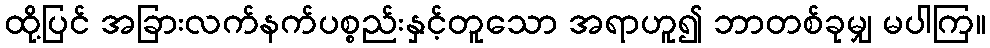
ထို့ပြင် အခြားလက်နက်ပစ္စည်းနှင့်တူသော အရာဟူ၍ ဘာတစ်ခုမျှ မပါကြ။